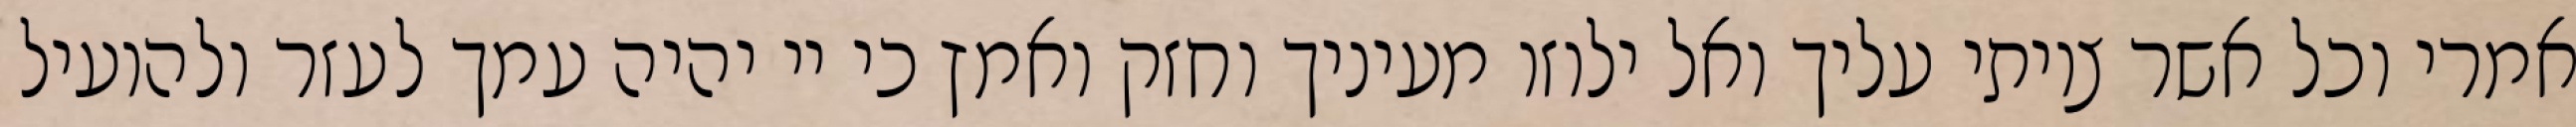
אמרי וכל אשר צויתי עליך ואל ילוזו מעיניך וחזק ואמץ כי יי יהיה עמך לעזר ולהועיל